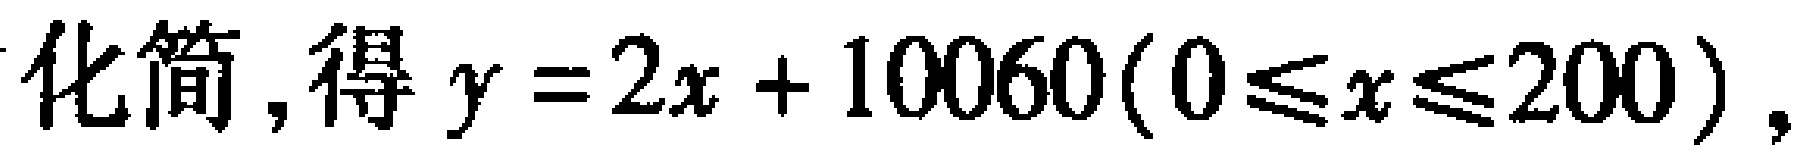
化简, 得 \(y = 2x + 10060(0\leqslant x\leqslant 200)\)，